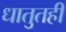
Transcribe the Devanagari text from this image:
धातुतही